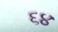
૬૪